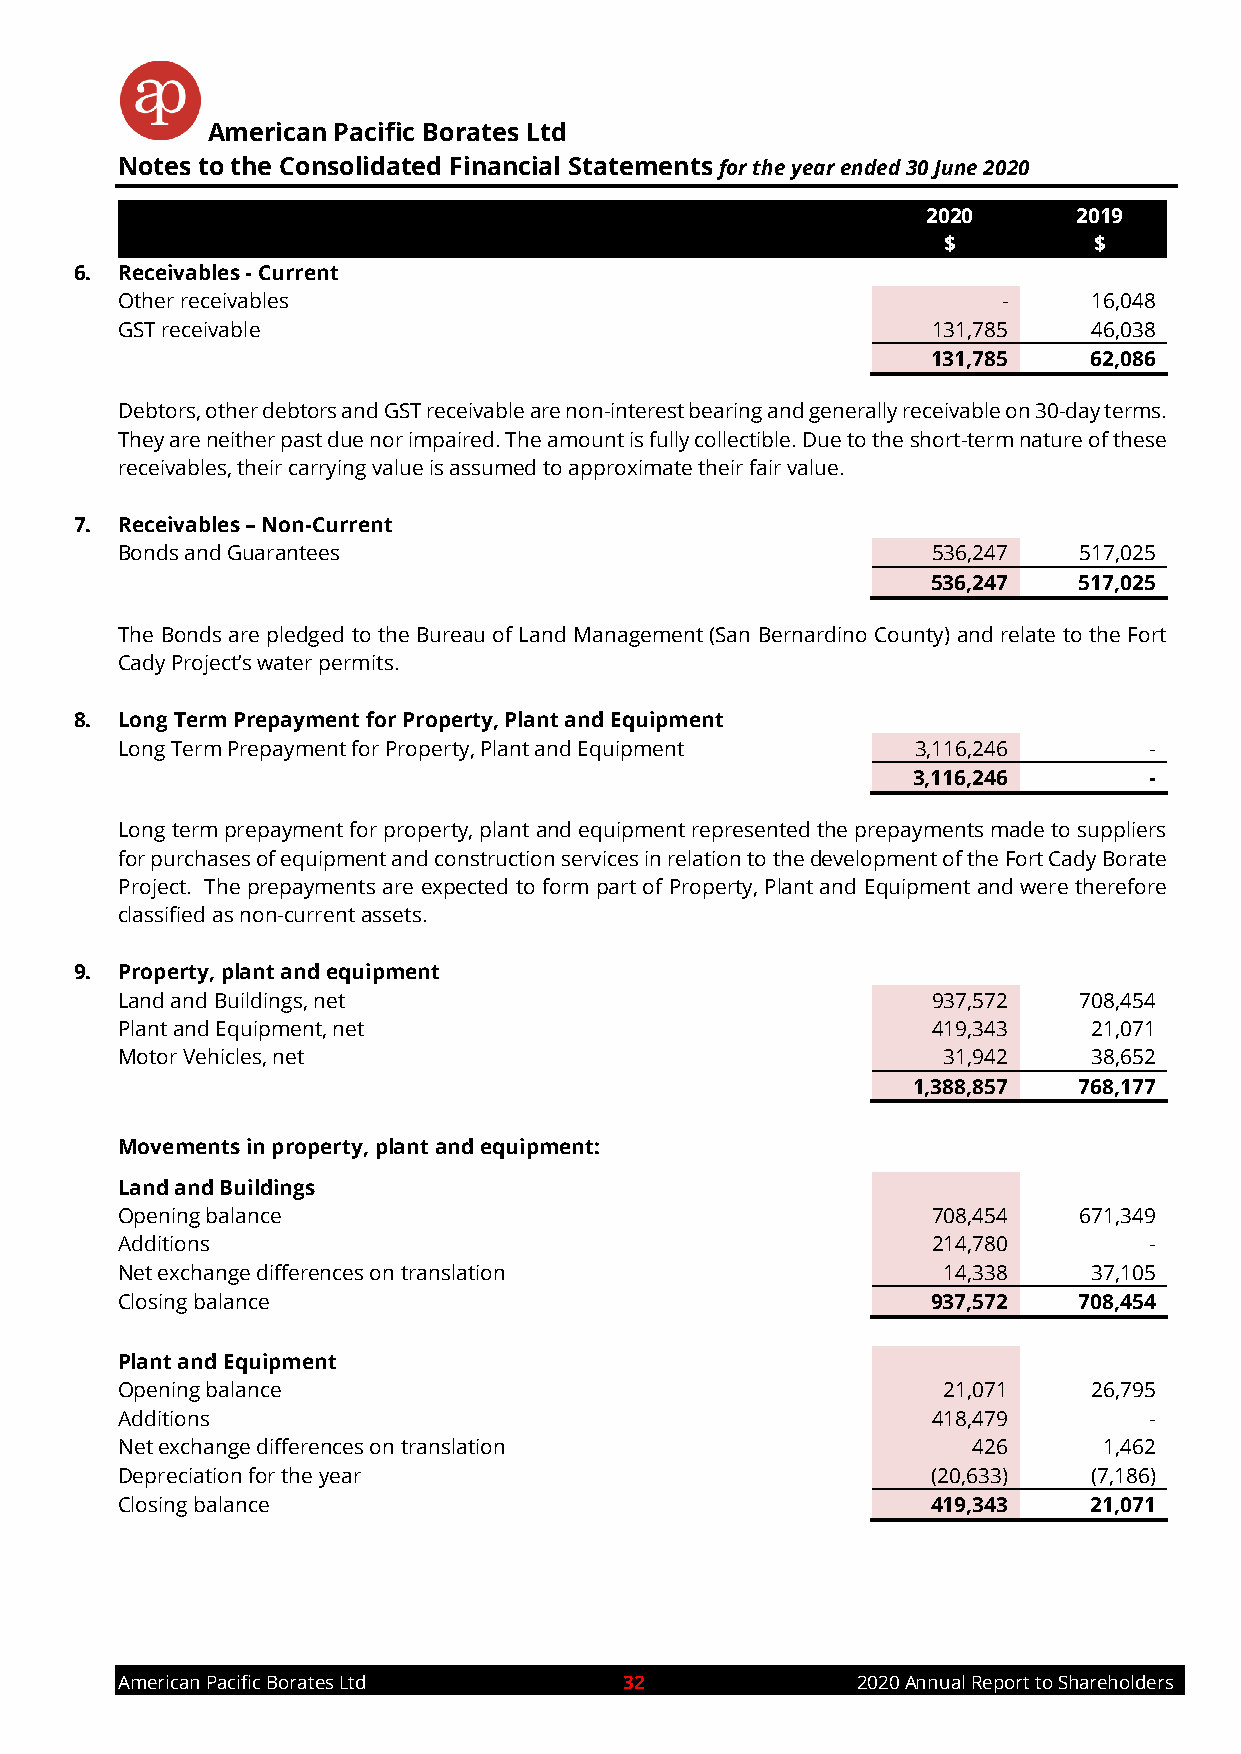
American Pacific Borates Ltd
 Notes to the Consolidated Financial Statements for the year ended 30 June 2020
 2020      2019
 $         $
 6. Receivables - Current
 Other receivables                                         -     16,048
 GST receivable                                        131,785   46,038
 131,785   62,086
 Debtors, other debtors and GST receivable are non-interest bearing and generally receivable on 30-day terms.
 They are neither past due nor impaired. The amount is fully collectible. Due to the short-term nature of these
 receivables, their carrying value is assumed to approximate their fair value.
 7. Receivables – Non-Current
 Bonds and Guarantees                                  536,247  517,025
 536,247  517,025
 The Bonds are pledged to the Bureau of Land Management (San Bernardino County) and relate to the Fort
 Cady Project’s water permits.
 8. Long Term Prepayment for Property, Plant and Equipment
 Long Term Prepayment for Property, Plant and Equipment 3,116,246    -
 3,116,246       -
 Long term prepayment for property, plant and equipment represented the prepayments made to suppliers
 for purchases of equipment and construction services in relation to the development of the Fort Cady Borate
 Project. The prepayments are expected to form part of Property, Plant and Equipment and were therefore
 classified as non-current assets.
 9. Property, plant and equipment
 Land and Buildings, net                               937,572  708,454
 Plant and Equipment, net                              419,343   21,071
 Motor Vehicles, net                                   31,942    38,652
 1,388,857  768,177
 Movements in property, plant and equipment:
 Land and Buildings
 Opening balance                                       708,454  671,349
 Additions                                             214,780       -
 Net exchange differences on translation               14,338    37,105
 Closing balance                                       937,572  708,454
 Plant and Equipment
 Opening balance                                       21,071    26,795
 Additions                                             418,479       -
 Net exchange differences on translation                 426      1,462
 Depreciation for the year                             (20,633)  (7,186)
 Closing balance                                       419,343   21,071
 American Pacific Borates Ltd     32              2020 Annual Report to Shareholders